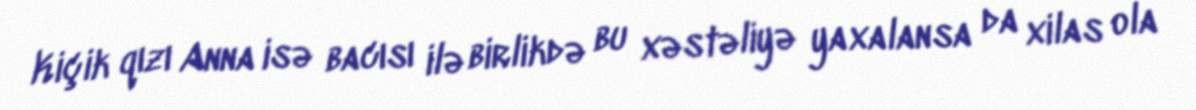
Kiçik qızı Anna isə bacısı ilə birlikdə bu xəstəliyə yaxalansa da xilas ola